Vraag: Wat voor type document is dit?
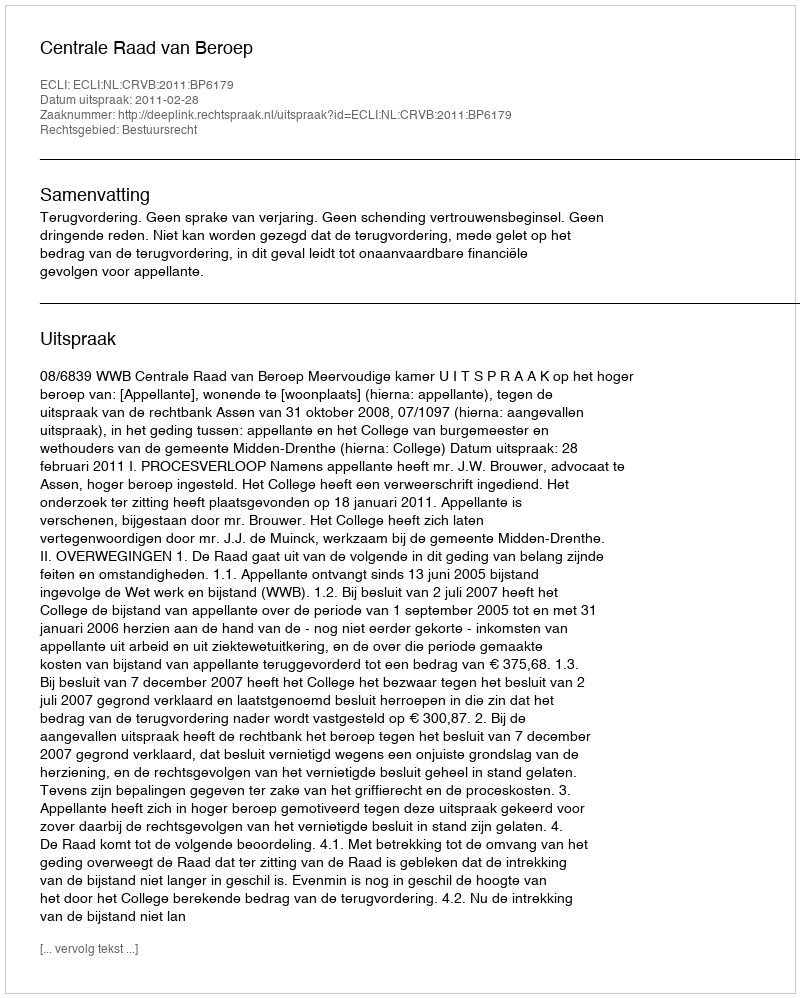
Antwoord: Uitspraak